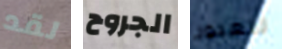
لقد الجروح للعبور